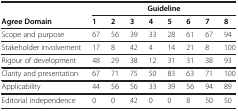
<table><thead><tr><td><b> </b></td><td colspan="8"><b>Guideline</b></td></tr><tr><td><b>Agree Domain</b></td><td><b>1</b></td><td><b>2</b></td><td><b>3</b></td><td><b>4</b></td><td><b>5</b></td><td><b>6</b></td><td><b>7</b></td><td><b>8</b></td></tr></thead><tbody><tr><td>Scope and purpose</td><td>67</td><td>56</td><td>39</td><td>33</td><td>28</td><td>61</td><td>67</td><td>94</td></tr><tr><td>Stakeholder involvement</td><td>17</td><td>8</td><td>42</td><td>4</td><td>14</td><td>21</td><td>8</td><td>100</td></tr><tr><td>Rigour of development</td><td>48</td><td>29</td><td>38</td><td>12</td><td>31</td><td>31</td><td>38</td><td>93</td></tr><tr><td>Clarity and presentation</td><td>67</td><td>71</td><td>75</td><td>50</td><td>83</td><td>63</td><td>71</td><td>100</td></tr><tr><td>Applicability</td><td>44</td><td>56</td><td>56</td><td>33</td><td>39</td><td>56</td><td>94</td><td>89</td></tr><tr><td>Editorial independence</td><td>0</td><td>0</td><td>42</td><td>0</td><td>0</td><td>8</td><td>50</td><td>50</td></tr></tbody></table>